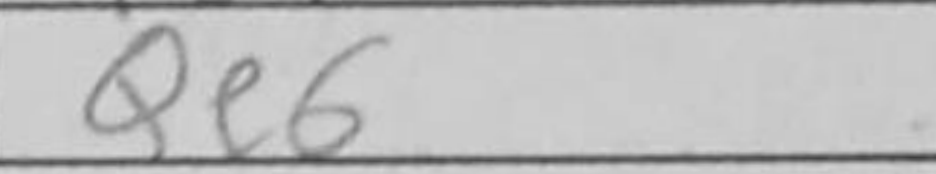
Transcription: Qe6